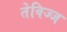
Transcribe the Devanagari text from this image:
तेविज्ज